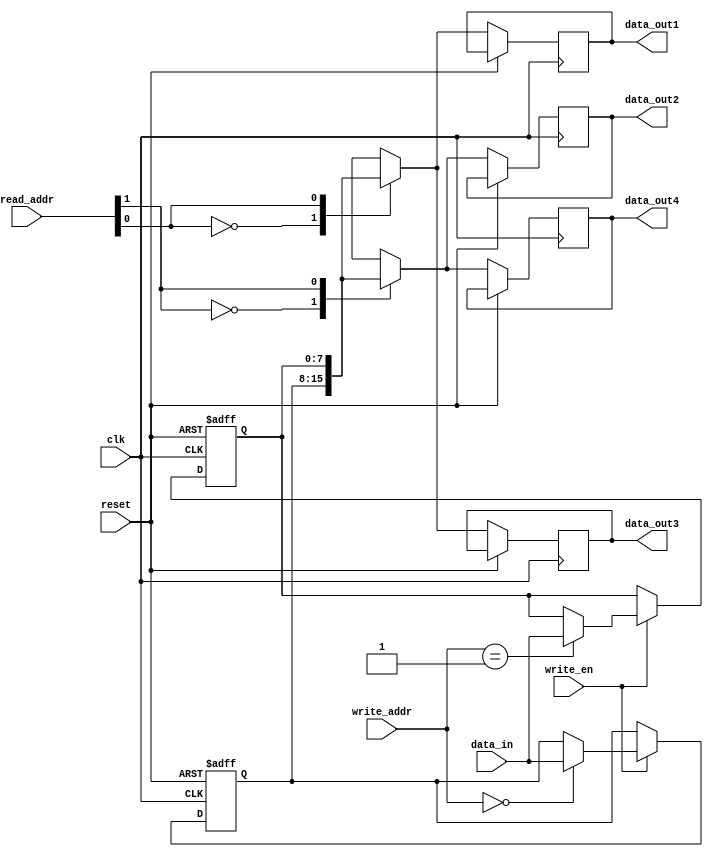
module register_file (
    input wire clk,
    input wire reset,
    input wire [1:0] read_addr,
    input wire [1:0] write_addr,
    input wire write_en,
    input wire [7:0] data_in,
    output reg [7:0] data_out1,
    output reg [7:0] data_out2,
    output reg [7:0] data_out3,
    output reg [7:0] data_out4
);

reg [7:0] registers [0:3];

always @(posedge clk or posedge reset) begin
    if (reset) begin
        registers[0] <= 8'b0;
        registers[1] <= 8'b0;
        registers[2] <= 8'b0;
        registers[3] <= 8'b0;
    end else begin
        if (write_en) begin
            registers[write_addr] <= data_in;
        end
        data_out1 <= registers[read_addr[0]];
        data_out2 <= registers[read_addr[1]];
        data_out3 <= registers[read_addr[0]];
        data_out4 <= registers[read_addr[1]];
    end
end

endmodule